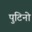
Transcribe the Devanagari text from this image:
पुटिनो